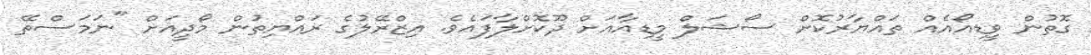
ގޮތުން ވީޑިއޯއެއް ތައްޔާރުކޮށް ސޯޝަލް މީޑިއާއަށް ދޫކޮށްލާފައެވެ. އިޒްރޭލުގެ ރައްޔިތުން މޯދީއަށް "ނަމަސްތޭ